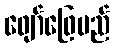
ဖျော်ဖြေမည်